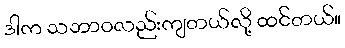
ဒါက သဘာဝလည်းကျတယ်လို့ ထင်တယ်။